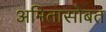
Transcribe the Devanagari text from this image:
अमितासोबत